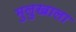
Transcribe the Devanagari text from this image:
मुलुखाला